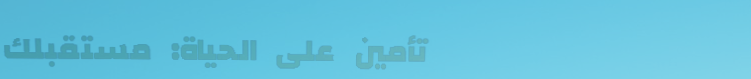
تأمين على الحياة: مستقبلك